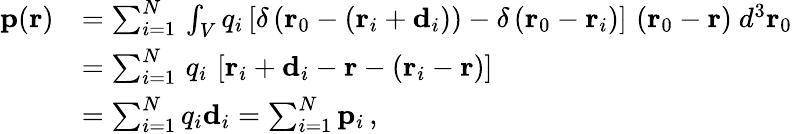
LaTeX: {\begin{array}{rl}{\mathbf{p}(\mathbf{r})}&{=\sum_{i=1}^{N}\, \int_{V}q_{i}\left[\delta\left(\mathbf{r}_{0}-\left(\mathbf{r}_{i}+\mathbf{d}_{i}\right)\right)-\delta\left(\mathbf{r}_{0}-\mathbf{r}_{i}\right)\right]\, \left(\mathbf{r}_{0}-\mathbf{r}\right)\ d^{3}\mathbf{r}_{0}}\\ &{=\sum_{i=1}^{N}\, q_{i}\, \left[\mathbf{r}_{i}+\mathbf{d}_{i}-\mathbf{r}-\left(\mathbf{r}_{i}-\mathbf{r}\right)\right]}\\ &{=\sum_{i=1}^{N}q_{i}\mathbf{d}_{i}=\sum_{i=1}^{N}\mathbf{p}_{i}\, ,}\end{array}}